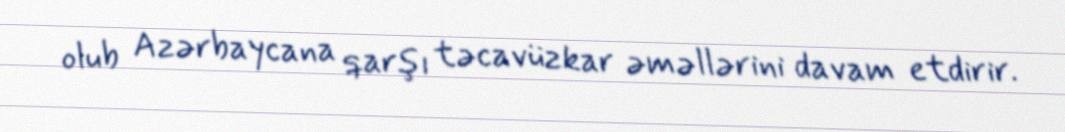
olub Azərbaycana qarşı təcavüzkar əməllərini davam etdirir.